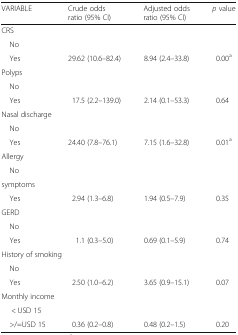
| VARIABLE | Crude odds ratio (95% CI) | Adjusted odds ratio (95% CI) | p value |
 | --- | --- | --- | --- |
 | <COLSPAN=4> CRS |
 | No |  |  |  |
 | Yes | 29.62 (10.6–82.4) | 8.94 (2.4–33.8) | 0.00a |
 | <COLSPAN=4> Polyps |
 | No |  |  |  |
 | Yes | 17.5 (2.2–139.0) | 2.14 (0.1–53.3) | 0.64 |
 | <COLSPAN=4> Nasal discharge |
 | No |  |  |  |
 | Yes | 24.40 (7.8–76.1) | 7.15 (1.6–32.8) | 0.01a |
 | <COLSPAN=4> Allergy |
 | No |  |  |  |
 | <COLSPAN=4> symptoms |
 | Yes | 2.94 (1.3–6.8) | 1.94 (0.5–7.9) | 0.35 |
 | <COLSPAN=4> GERD |
 | No |  |  |  |
 | Yes | 1.1 (0.3–5.0) | 0.69 (0.1–5.9) | 0.74 |
 | <COLSPAN=4> History of smoking |
 | No |  |  |  |
 | Yes | 2.50 (1.0–6.2) | 3.65 (0.9–15.1) | 0.07 |
 | <COLSPAN=4> Monthly income |
 | < USD 15 |  |  |  |
 | >/=USD 15 | 0.36 (0.2–0.8) | 0.48 (0.2–1.5) | 0.20 |